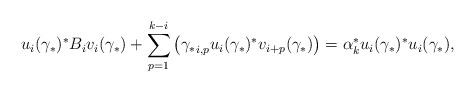
LaTeX: \begin{align*}u_i({\gamma _*} )^*{B_i}{v_i}({\gamma _*} ) + \sum\limits_{p = 1}^{k - i} \left({{{\gamma _*} _{i,p}}u_i({\gamma _*} )^*{v_{i + p}}({\gamma _*} )}\right) = \alpha_k^*u_i({\gamma _*} )^*{u_i}({\gamma _*} ),\end{align*}